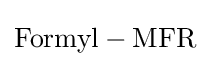
{\ce {Formyl - MFR}}